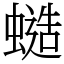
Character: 䗢